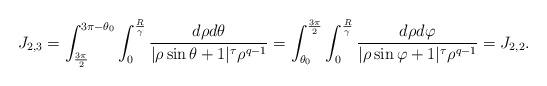
LaTeX: \begin{align*}J_{2,3}=\int_{\frac{3\pi}{2}}^{3\pi -\theta_{0}}\int_{0}^{\frac{R}{\gamma}}\frac{d\rho d\theta}{|\rho \sin\theta+1|^{\tau}\rho^{q-1}}=\int_{\theta_{0}}^{\frac{3\pi}{2}}\int_{0}^{\frac{R}{\gamma}}\frac{d\rho d\varphi}{|\rho \sin\varphi+1|^{\tau}\rho^{q-1}}=J_{2,2}.\end{align*}